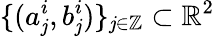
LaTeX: \{ (a_{\mathit{j}}^{i},b_{\mathit{j}}^{i})\} _{\mathit{j}\in\mathbb{{Z}}}\subset\mathbb{{R}}^{2}